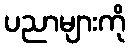
ပညာများကို